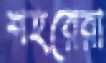
শহরেরা